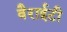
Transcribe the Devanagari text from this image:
वैराईटी